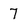
Character: 7